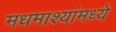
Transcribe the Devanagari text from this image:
मधमाश्यांमध्ये